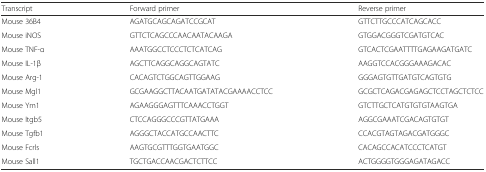
<table><thead><tr><td><b>Transcript</b></td><td><b>Forward primer</b></td><td><b>Reverse primer</b></td></tr></thead><tbody><tr><td>Mouse 36B4</td><td>AGATGCAGCAGATCCGCAT</td><td>GTTCTTGCCCATCAGCACC</td></tr><tr><td>Mouse iNOS</td><td>GTTCTCAGCCCAACAATACAAGA</td><td>GTGGACGGGTCGATGTCAC</td></tr><tr><td>Mouse TNF-α</td><td>AAATGGCCTCCCTCTCATCAG</td><td>GTCACTCGAATTTTGAGAAGATGATC</td></tr><tr><td>Mouse IL-1β</td><td>AGCTTCAGGCAGGCAGTATC</td><td>AAGGTCCACGGGAAAGACAC</td></tr><tr><td>Mouse Arg-1</td><td>CACAGTCTGGCAGTTGGAAG</td><td>GGGAGTGTTGATGTCAGTGTG</td></tr><tr><td>Mouse Mgl1</td><td>GCGAAGGCTTACAATGATATACGAAAACCTCC</td><td>GCGCTCAGACGAGAGCTCCTAGCTCTCC</td></tr><tr><td>Mouse Ym1</td><td>AGAAGGGAGTTTCAAACCTGGT</td><td>GTCTTGCTCATGTGTGTAAGTGA</td></tr><tr><td>Mouse Itgb5</td><td>CTCCAGGGCCCGTTATGAAA</td><td>AGGCGAAATCGACAGTGTGT</td></tr><tr><td>Mouse Tgfb1</td><td>AGGGCTACCATGCCAACTTC</td><td>CCACGTAGTAGACGATGGGC</td></tr><tr><td>Mouse Fcrls</td><td>AAGTGCGTTTGGTGAATGGC</td><td>CACAGCCACATCCCTCATGT</td></tr><tr><td>Mouse Sall1</td><td>TGCTGACCAACGACTCTTCC</td><td>ACTGGGGTGGGAGATAGACC</td></tr></tbody></table>